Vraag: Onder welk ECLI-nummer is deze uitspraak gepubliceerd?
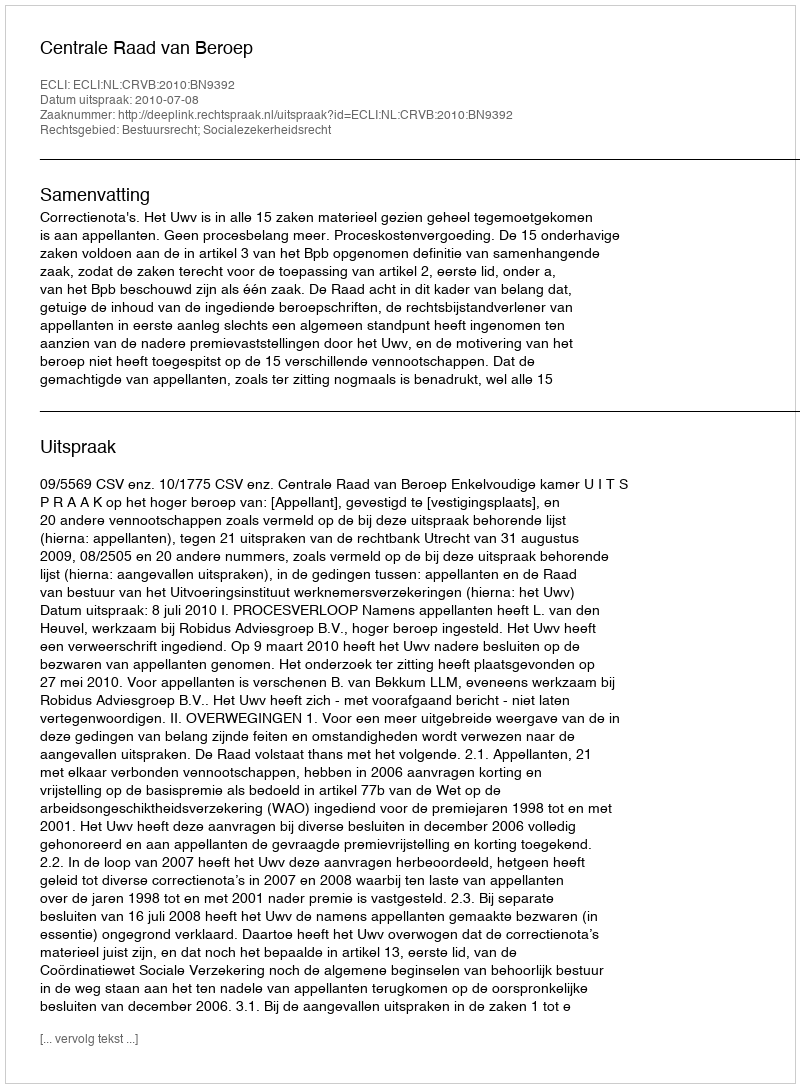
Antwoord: ECLI:NL:CRVB:2010:BN9392